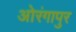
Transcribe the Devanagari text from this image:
ओरंगापुर